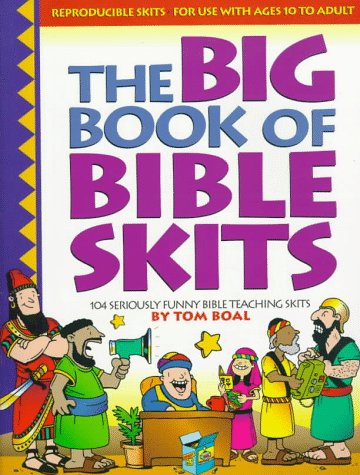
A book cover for The Big Book of Bible Skits: 104 Seriously Funny Bible Teaching Skits; Tom Boal; Christian Books & Bibles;